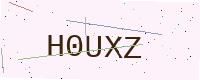
Text: H0UXZ